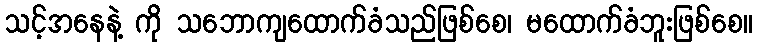
သင့်အနေနဲ့ ကို သဘောကျထောက်ခံသည်ဖြစ်စေ၊ မထောက်ခံဘူးဖြစ်စေ။